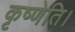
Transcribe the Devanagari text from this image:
कृष्णेति।